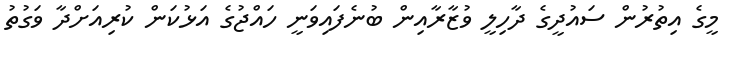
މީގެ އިތުރުން ސައުދީގެ ދާހިލީ ވުޒާރާއިން ބުނެފައިވަނީ ހައްޖުގެ އަޅުކަން ކުރިއަށްދާ ވަގުތު